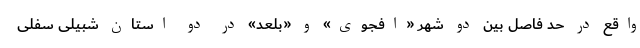
واقع در حد فاصل بین دو شهر «افجوی» و «بلعد» در دو استان شبیلی سفلی